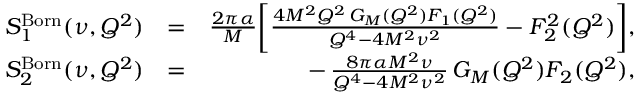
\begin{array} { r l r } { S _ { 1 } ^ { \mathrm { B o r n } } ( \nu , Q ^ { 2 } ) } & { = } & { \frac { 2 \pi \alpha } { M } \bigg [ \frac { 4 M ^ { 2 } Q ^ { 2 } \, G _ { M } ( Q ^ { 2 } ) F _ { 1 } ( Q ^ { 2 } ) } { Q ^ { 4 } - 4 M ^ { 2 } \nu ^ { 2 } } - F _ { 2 } ^ { 2 } ( Q ^ { 2 } ) \bigg ] , } \\ { S _ { 2 } ^ { \mathrm { B o r n } } ( \nu , Q ^ { 2 } ) } & { = } & { - \, \frac { 8 \pi \alpha M ^ { 2 } \nu } { Q ^ { 4 } - 4 M ^ { 2 } \nu ^ { 2 } } \, G _ { M } ( Q ^ { 2 } ) F _ { 2 } ( Q ^ { 2 } ) , } \end{array}